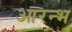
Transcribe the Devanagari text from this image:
आरन्भ